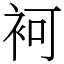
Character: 袔